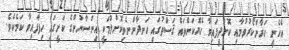
އެހެނީ ހަރާންކޯރުވުމާއި ކޮށްދީފައިވާ ހެޔޮކަންތައް ޤަސްތުގައި ހަނދާންނެތިކޮށްލުމަކީ އިންސާނުންގެ ކަށީގައި ހިފާފައިވާ ކަމެކެވެ.